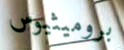
بروميثيوس